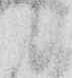
候